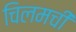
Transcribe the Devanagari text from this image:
चिलमची